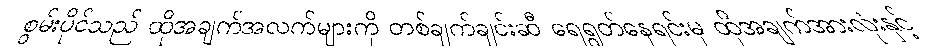
စွမ်းပိုင်သည် ထိုအချက်အလက်များကို တစ်ချက်ချင်းဆီ ရေရွတ်နေရင်းမှ ထိုအချက်အားလုံးနှင့်